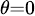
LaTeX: \scriptstyle{\theta=0}